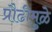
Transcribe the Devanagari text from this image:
प्रौढीमुळे